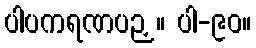
ပါပကရဏပဉှ။ ပါ-၉၀။